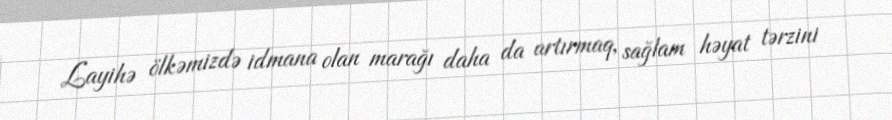
Layihə ölkəmizdə idmana olan marağı daha da artırmaq, sağlam həyat tərzini